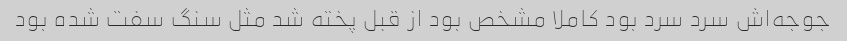
جوجه‌اش سرد سرد بود کاملا مشخص بود از قبل پخته شد مثل سنگ سفت شده بود